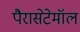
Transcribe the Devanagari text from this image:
पैरासेटेमॉल